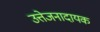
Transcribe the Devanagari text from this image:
उत्तेजनादायक